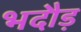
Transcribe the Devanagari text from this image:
भदौड़